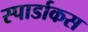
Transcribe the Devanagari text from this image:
स्पार्डाकस